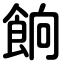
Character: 餉